Bréfritari: Jakobína Jónsdóttir
Viðtakandi: Sólveig Jónsdóttir
Dagsetning: A-1882-09-02
Skrifað á: Bessastöðum  Gull.
systir bréfviðtakanda

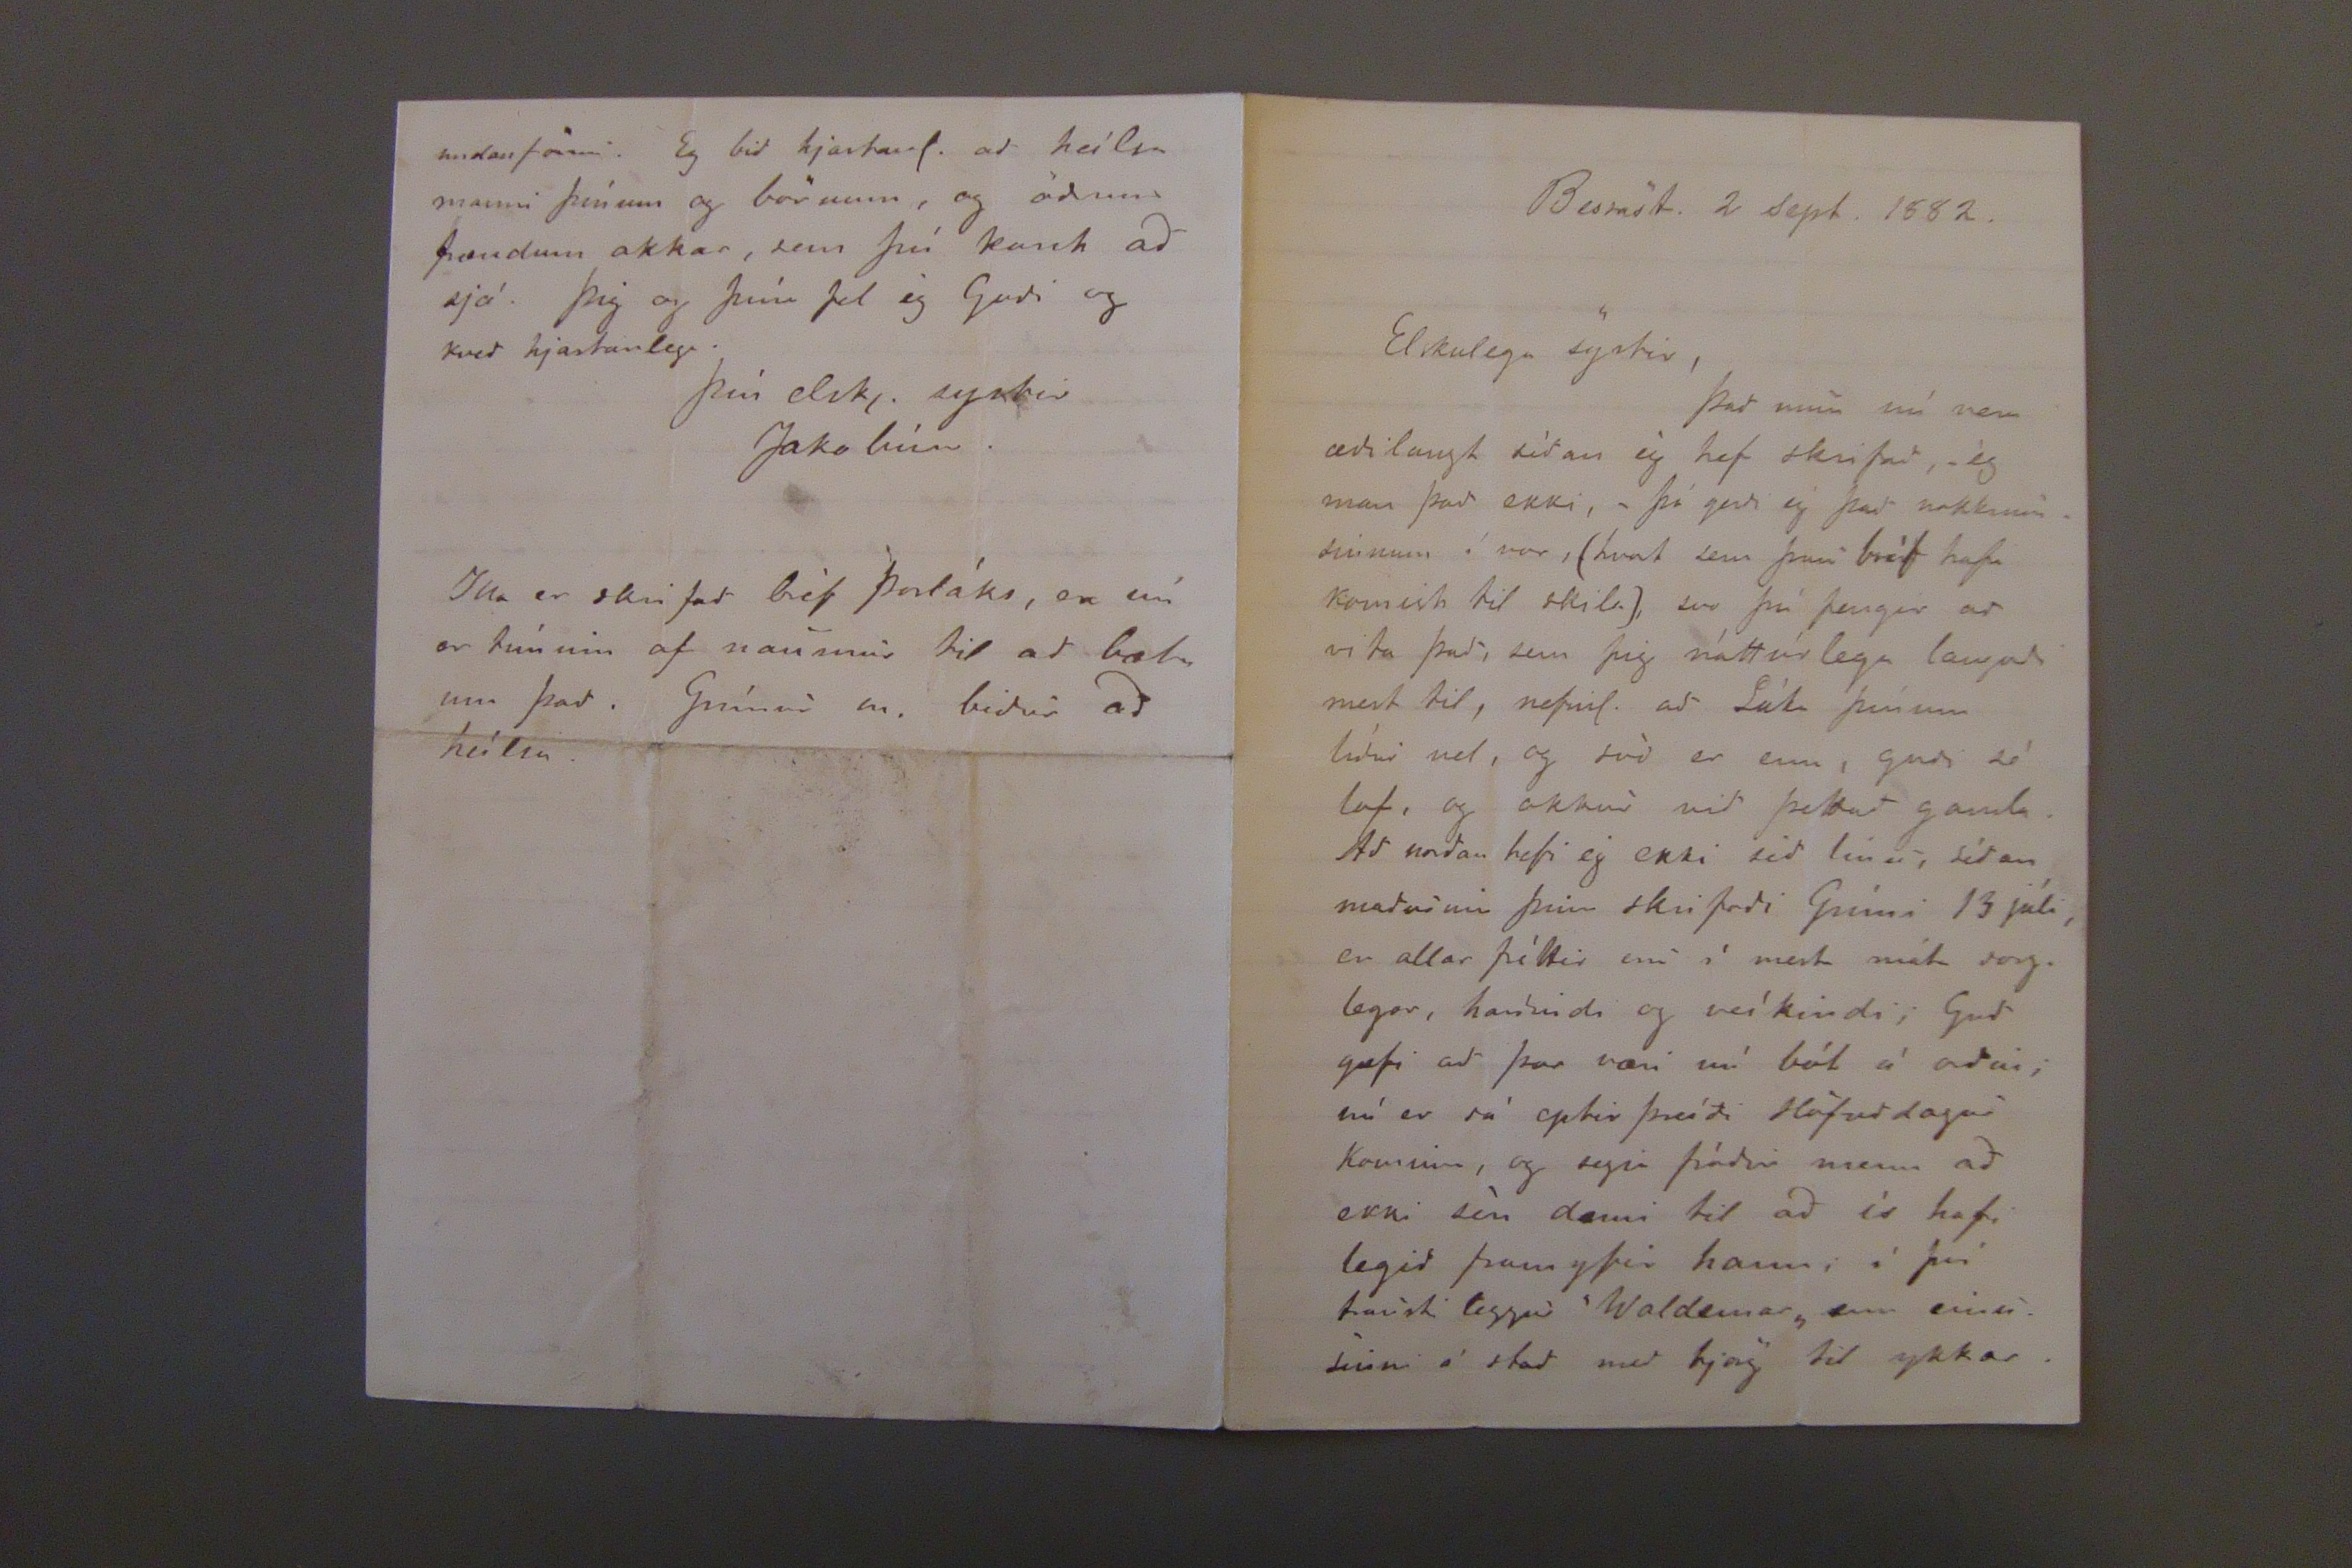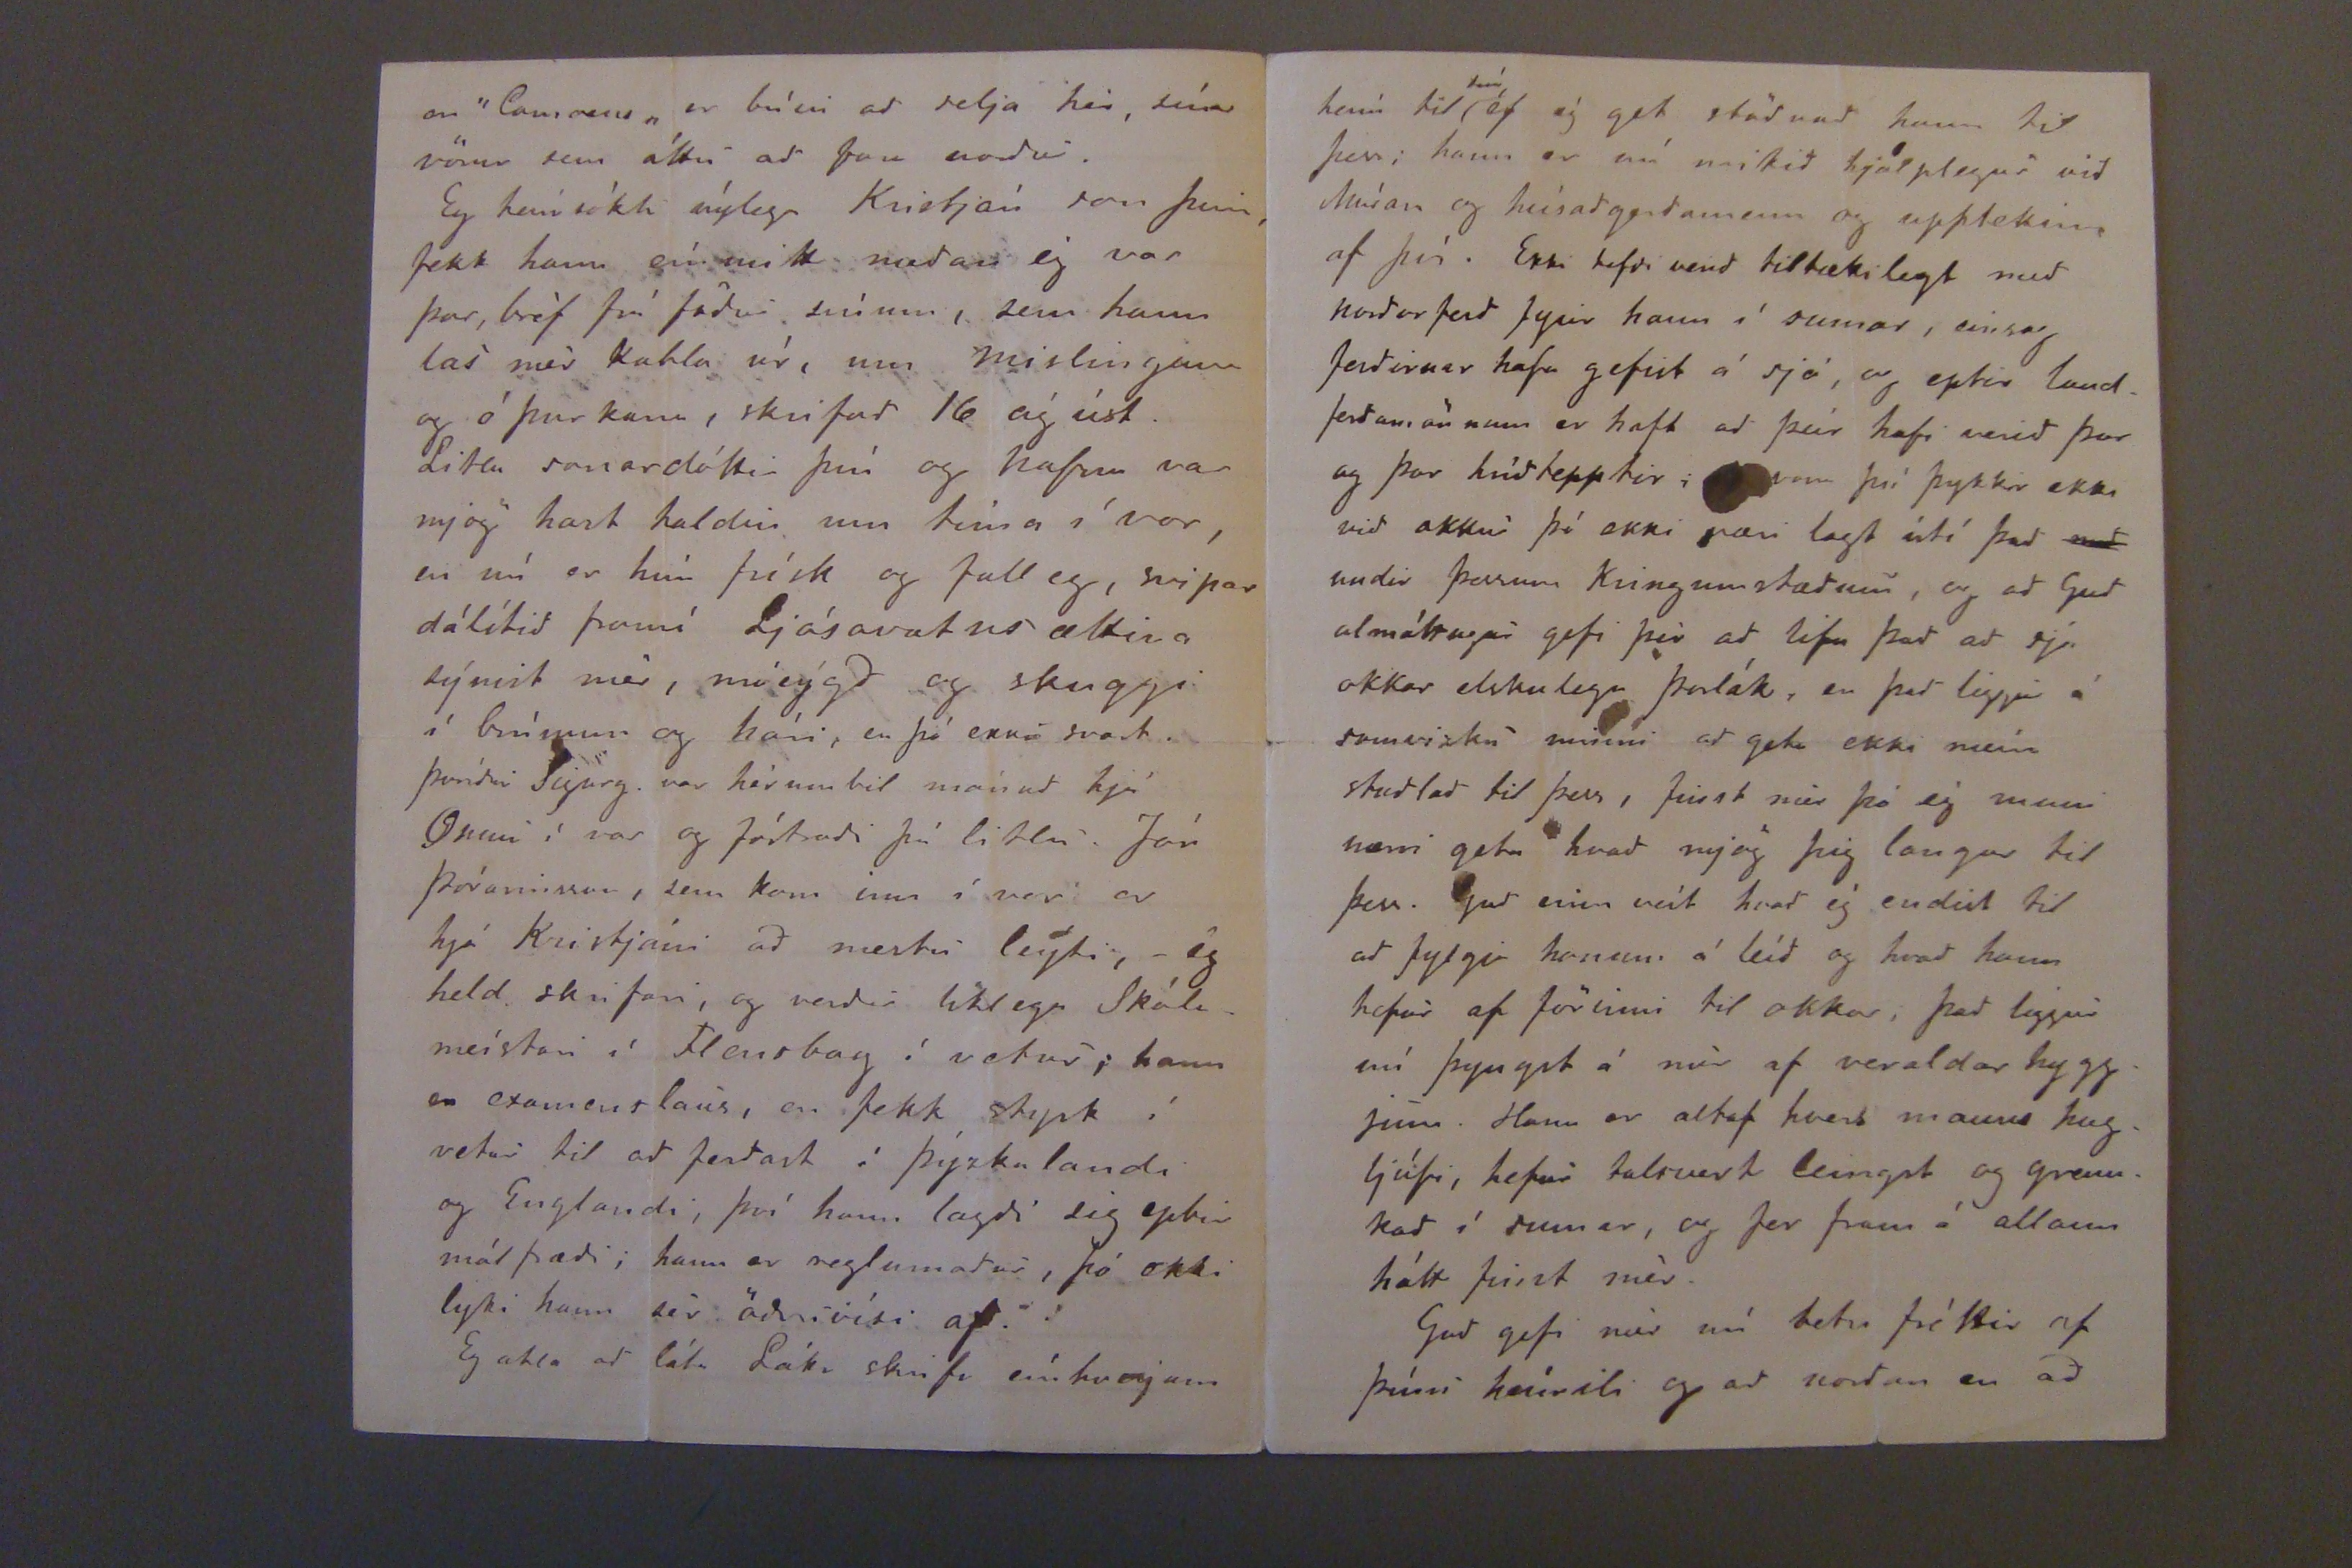

Bessast. 2 sept. 1882.
Elskulega systir,
það mun nú vera æðilangt síðan ég hef skrifað, -ég man það ekki,- þó gerði ég það nokkrum sinnum í vor, (hvort sem þau bréf hafa komist til skila), svo þú fengir að vita það, sem þig náttúrlega langaði mest til, nefnil. að Láka þínum líður vel, og okkur við þettað gamla. Að norðan hefi ég ekki séð linu, síðan maðurinn þinn skrifaði Grími 13 júli, er allar fréttir eru í mest móta sorglegar, harðindi og veíkindi, Guð gæfi að þar væri nú bót á orðin; nú er sá eptir þráði Höfuðdagur kominn, og segja fróðir menn að ekki séu dæmi til að úr hafi legið framyfir hann, á því traust leggur "Waldemar" enn einu sinni á stað með bjarg til ykkar.
en
"Camæus"
er búin að selja hér, sína vörur sem átu að fara norður.
Eg heímsókti nýlega Kristján son þinn, fekk hann eínmitt meðan ég var þar, bréf frá föður sínum, sem hann las mér kabla úr, um mislingana og ó þur kana, skrifað 16 ág úst. Litlu sonardóttir þín og nafna var mjög hart haldin um tíma í vor, en nú er hún frísk og falleg, svipar dálítið framí Ljósavatnsættina sýnist mér, móeýgð og skuggi í brúnum og hári, en þó ekki svart. Þuríður Sigurg. var hérum bil mánuð hjá Onnu í vor og fóstraði þá litlu. Jón Þorarinsson, sem kom inn í vor er hjá Kristjáni að mestu leýti, -ég held skrifari, og verður líklega Skólameistari í Flensbog í vetur; hann er examenslaus, en fekk styrk í vetur til að ferðast í Þýzkalandi og Englandi, því hann lagði sig eptir málfræði; hann er reglumaður, þó ekki lyki hann sér öðruvísi af.
Eg ætla að láta Láka skrifa eínhverjum
undanförnu. Eg við hjartanl. að heílsa manni þínum og börnum, og öðrum frændum okkar, sem þú kant að sjá. Þig og þína tel ég Guði og kveð hjartanlega.
Þín elskj. systir
Jakobína.
Illa er skrifað bréf Þorláks, en nú er tíminn of naumur til að bæta um það. Grímur m. biður að heílsa.
heím til
sín
ef ég get stöðvað hann til þess; hann er nú mikið hjálplegur við Múran og húsaðgerðamenn og upptekinn af því. Ekki hafði verið tiltækilegt með norðarferð fyrir hann í sumar, einsog ferðirnar hafa gefist á sjó, og eptir landferðamönnum er haft að þeir hafi verið þar og þar húðtepptir;
þú þykir ekki við okkur þó ekki væri lagt útí það
með
undir þessum kringumstæðum, og að Guð almáttugur gefi þér að lifa það að sjá okka elskulega Þorlák, en það liggur á samvizku minni að geta ekki meira stuðlað til þess, finst mér þó ég muni nærri geta hvað mjög þig langar til þess. Guð einn veít hvað ég endist til að fylgja honum á leíð og hvað hann hefur af förinni til okkar, það liggur nú þyngst á mér af veraldar hyggjum. Hann er altaf hvers manns hugljúfi, hefur talsvert leingst og grennkað í sumar, og fer fram á allann hátt finst mér.
Guð gefi mér nú betri fréttir af þínu heímili og að norðan en að